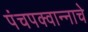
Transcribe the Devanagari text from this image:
पंचपक्वान्नाचे